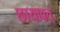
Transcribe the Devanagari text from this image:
छायावत्‌